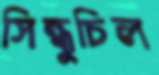
সিন্ধুচিল